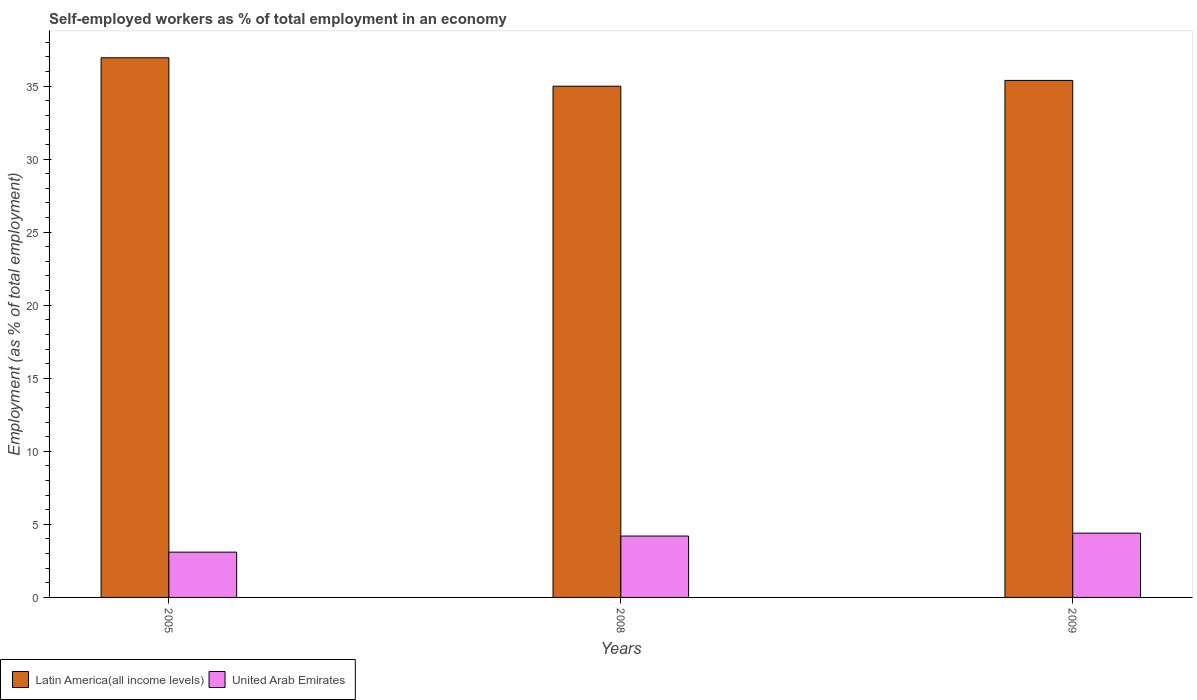
| Years | Latin America(all income levels) | United Arab Emirates |
 | --- | --- | --- |
 | 2005 | 36.9 | 3.1 |
 | 2008 | 35 | 4.2 |
 | 2009 | 35.4 | 4.4 |